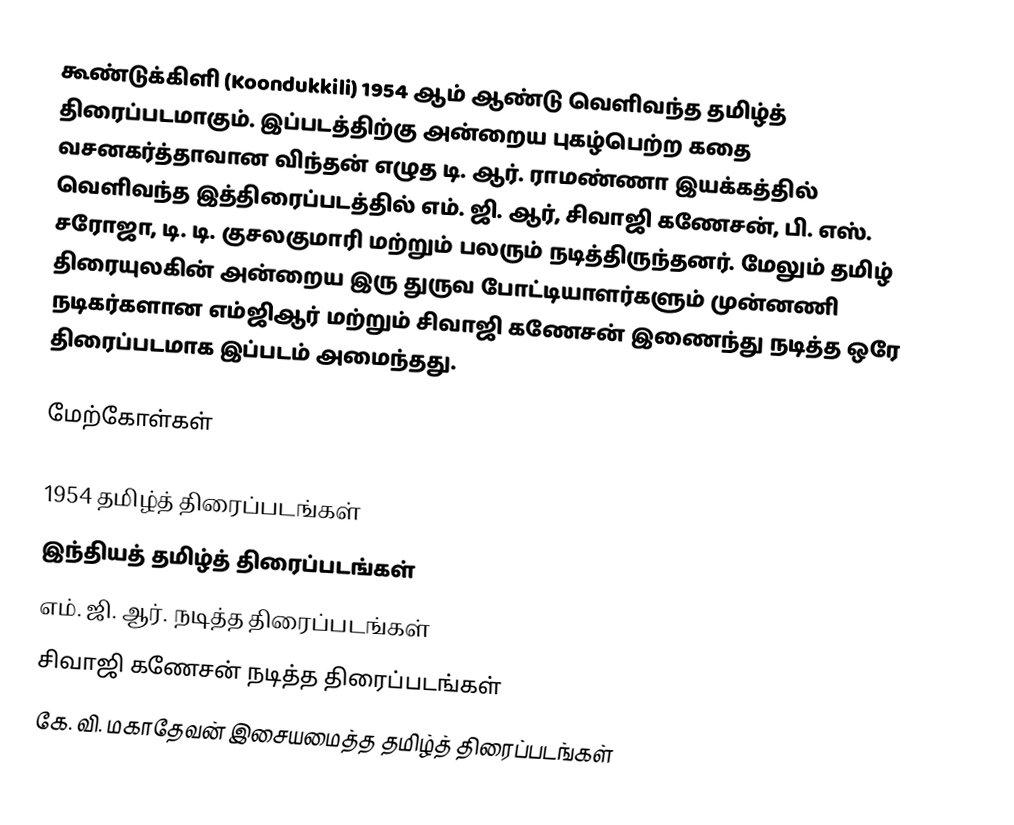
கூண்டுக்கிளி (Koondukkili) 1954 ஆம் ஆண்டு வெளிவந்த தமிழ்த் திரைப்படமாகும். இப்படத்திற்கு அன்றைய புகழ்பெற்ற கதை வசனகர்த்தாவான விந்தன் எழுத டி. ஆர். ராமண்ணா இயக்கத்தில் வெளிவந்த இத்திரைப்படத்தில் எம். ஜி. ஆர், சிவாஜி கணேசன், பி. எஸ். சரோஜா, டி. டி. குசலகுமாரி  மற்றும் பலரும் நடித்திருந்தனர். மேலும் தமிழ் திரையுலகின் அன்றைய இரு துருவ போட்டியாளர்களும் முன்னணி நடிகர்களான எம்ஜிஆர் மற்றும் சிவாஜி கணேசன் இணைந்து நடித்த ஒரே திரைப்படமாக இப்படம் அமைந்தது.

மேற்கோள்கள்

1954 தமிழ்த் திரைப்படங்கள்
இந்தியத் தமிழ்த் திரைப்படங்கள்
எம். ஜி. ஆர். நடித்த திரைப்படங்கள்
சிவாஜி கணேசன் நடித்த திரைப்படங்கள்
கே. வி. மகாதேவன் இசையமைத்த தமிழ்த் திரைப்படங்கள்